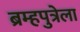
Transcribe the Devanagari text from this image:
ब्रम्हपुत्रेला